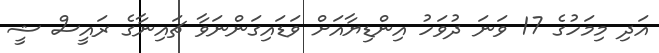
އަދި މިމަހުގެ 17 ވަނަ ދުވަހު އިންޑިޔާއަށް ވަޑައިގަންނަވާ ޗައިނާގެ ރައީސް ޝީ